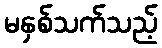
မနှစ်သက်သည့်